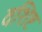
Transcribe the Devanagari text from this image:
वशिष्ट